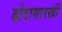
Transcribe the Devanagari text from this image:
ढोरासारखी